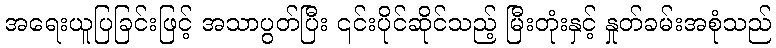
အရေးယူပြခြင်းဖြင့် အသာပွတ်ပြီး ၎င်းပိုင်ဆိုင်သည့် မြီးတုံးနှင့် နှုတ်ခမ်းအစုံသည်